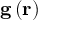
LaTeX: \mathbf { g } \left( \mathbf { r } \right)